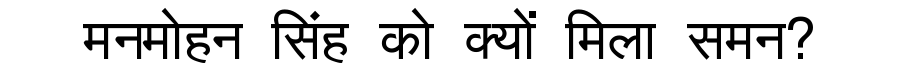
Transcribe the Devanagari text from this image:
मनमोहन सिंह को क्यों मिला समन?